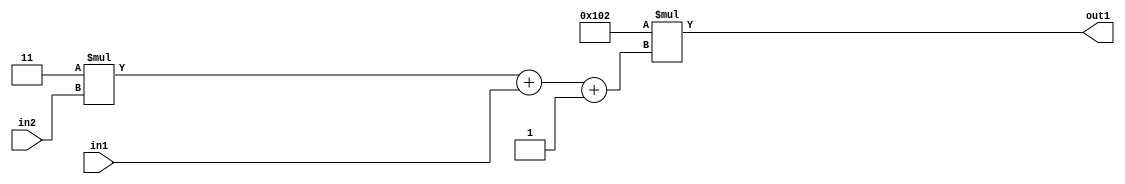
`timescale 1ps / 1ps
/*****************************************************************************
    Verilog RTL Description
    
    
    Created by: Stratus DpOpt 2019.1.01 
*******************************************************************************/

module DC_Filter_Mul2i258Add3i1u1Mul2i3u2_4 (
	in2,
	in1,
	out1
	); /* architecture "behavioural" */ 
input [1:0] in2;
input  in1;
output [11:0] out1;
wire [11:0] asc001;
wire [3:0] asc002;

wire [3:0] asc002_tmp_0;
wire [3:0] asc002_tmp_1;
assign asc002_tmp_1 = 
	+(4'B0011 * in2);
assign asc002_tmp_0 = asc002_tmp_1
	+(in1);
assign asc002 = asc002_tmp_0
	+(4'B0001);

assign asc001 = 
	+(12'B000100000010 * asc002);

assign out1 = asc001;
endmodule

/* CADENCE  v7T4SAg= : u9/ySgnWtBlWxVPRXgAZ4Og= ** DO NOT EDIT THIS LINE ******/